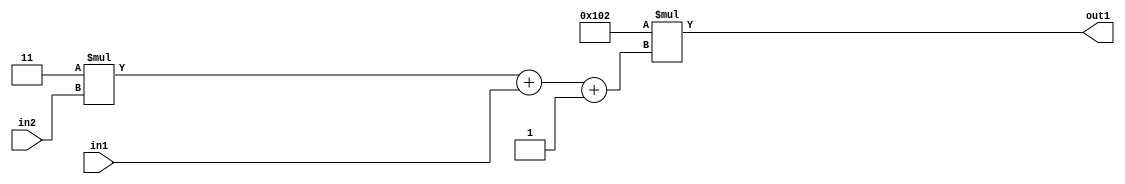
`timescale 1ps / 1ps
/*****************************************************************************
    Verilog RTL Description
    
    
    Created by: Stratus DpOpt 2019.1.01 
*******************************************************************************/

module DC_Filter_Mul2i258Add3i1u1Mul2i3u2_4 (
	in2,
	in1,
	out1
	); /* architecture "behavioural" */ 
input [1:0] in2;
input  in1;
output [11:0] out1;
wire [11:0] asc001;
wire [3:0] asc002;

wire [3:0] asc002_tmp_0;
wire [3:0] asc002_tmp_1;
assign asc002_tmp_1 = 
	+(4'B0011 * in2);
assign asc002_tmp_0 = asc002_tmp_1
	+(in1);
assign asc002 = asc002_tmp_0
	+(4'B0001);

assign asc001 = 
	+(12'B000100000010 * asc002);

assign out1 = asc001;
endmodule

/* CADENCE  v7T4SAg= : u9/ySgnWtBlWxVPRXgAZ4Og= ** DO NOT EDIT THIS LINE ******/